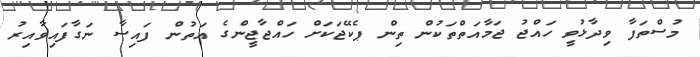
މުސްތަފާ ވިދާޅުވީ ހައްޖު ޖަމާއަތްތަކުން ތިން ޕެކޭޖަކަށް ހައްޖާޖީންގެ އަތުން ފައިސާ ނަގާފައިވާއިރު